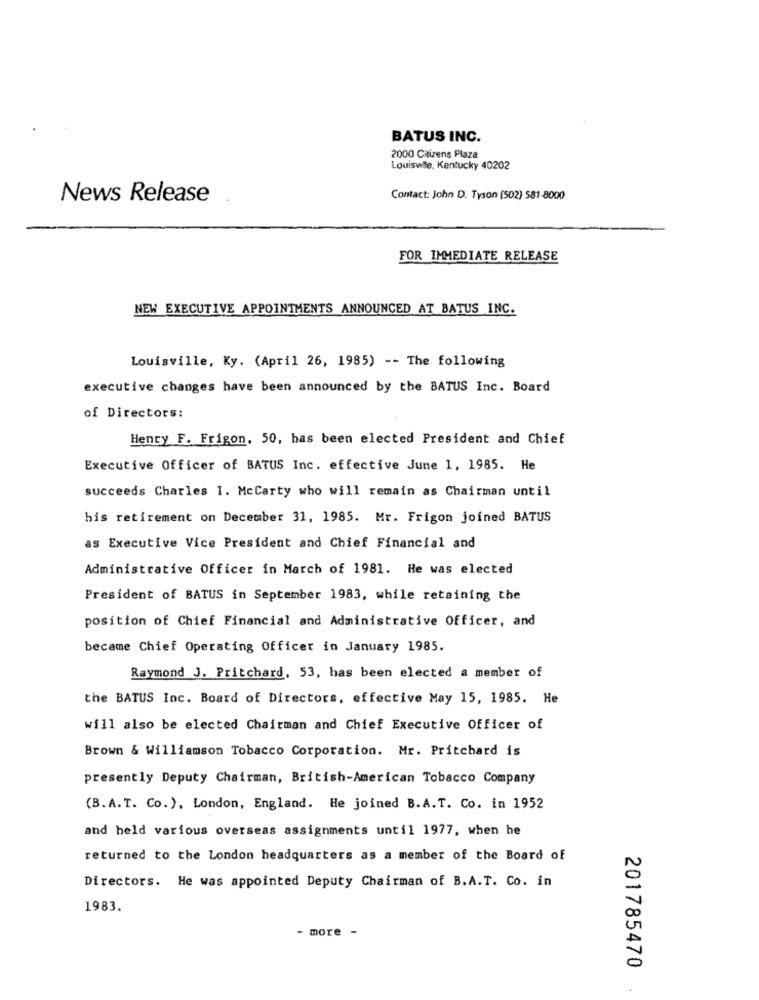
BATUS INC.
2000 Citizens Plaza
Louiswille, Kentucky 40202
News Release
Contact: John D. Tyson (502) 581-8000
FOR IMMEDIATE RELEASE
NEW EXECUTIVE APPOINTMENTS ANNOUNCED AT BATUS INC.
Louisville, Ky. (April 26, 1985) -- The following
executive changes have been announced by the BATUS Inc. Board
of Directors:
Henry F. Frigon. 50, has been elected President and Chief
Executive Officer of BATUS Inc. effective June 1, 1985. He
succeeds Charles I. Mccarty who will remain as Chairman until
his retirement on December 31, 1985. Mr. Frigon joined BATUS
as Executive Vice President and Chief Financial and
Administrative Officer in March of 1981. He was elected
President of BATUS in September 1983, while retaining the
position of Chief Financial and Administrative Officer, and
became Chief Operating Officer in January 1985.
Raymond J. Pritchard, 53, has been elected a member of
the BATUS Inc. Board of Directors, effective May 15, 1985. He
will also be elected Chairman and Chief Executive Officer of
Brown & Williamson Tobacco Corporation. Mr. Pritchard is
presently Deputy Chairman, British-American Tobacco Company
(B.A.T. Co.), London, England. He joined B.A.T. Co. in 1952
and held various overseas assignments until 1977, when he
returned to the London headquarters as a member of the Board of
Directors. He was appointed Deputy Chairman of B.A.T. Co. in
1983.
more -
201785470